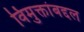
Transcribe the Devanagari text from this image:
विमुक्तांबद्दल